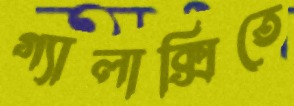
গ্যালাক্সিতে